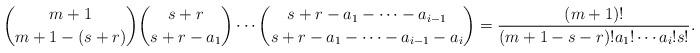
LaTeX: \begin{align*}\binom{m+1}{m+1-(s+r)}\binom{s+r}{s+r-a_{1}}\cdots\binom{s+r-a_{1}-\cdots-a_{i-1}}{s+r-a_{1}-\cdots-a_{i-1}-a_{i}}=\frac{(m+1)!}{(m+1-s-r)!a_{1}!\cdots a_{i}!s!}.\end{align*}